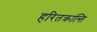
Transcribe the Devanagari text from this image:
हरितक्रांन्ति